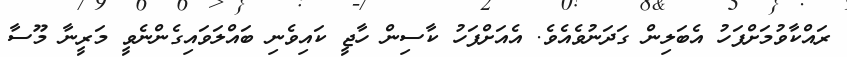
ރައްކާވުމަށްފަހު އެބަލިން ގަދަނުވެއެވެ. އެއަށްފަހު ކާސިން ހާޖީ ކައިވެނި ބައްލަވައިގެންނެވީ މަރީނާ މޫސާ